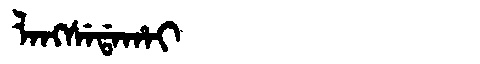
Manchu: ᠯᠠᠩᠰᡝᡩᠠᡥᠠᡳ
Romanization: LANGSEDAHAI